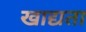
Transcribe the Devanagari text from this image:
खाद्यता